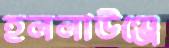
হললাউঞ্জে